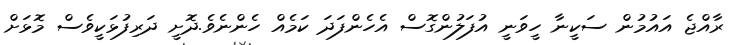
ރާއްޖެ އައުމުން ސަކީނާ ހީވަނީ އުފަލުންގޮސް އެހެންފަދަ ކަމެއް ހެންނެވެ.ދޮށީ ދަރިފުޅަކީވެސް މޮޅަށް